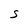
Character: S